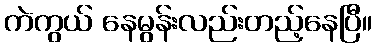
ကဲကွယ် နေမွန်းလည်းတည့်နေပြီ။